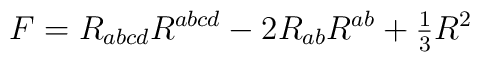
F = R_{abcd}R^{abcd} - 2 R_{ab}R^{ab} + {\textstyle {1 \over 3}} R^2